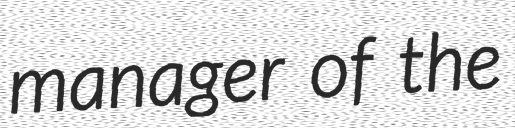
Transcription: manager of the